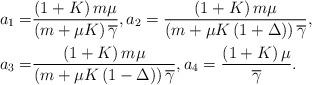
LaTeX: \begin{align*} a_1=&\frac{\left( 1+K \right)m\mu }{\left( m+\mu K \right)\overline{\gamma }}, a_2=\frac{\left( 1+K \right)m\mu }{\left( m+\mu K\left( 1+\Delta \right) \right)\overline{\gamma }}, \\ a_3=&\frac{\left( 1+K \right)m\mu }{\left( m+\mu K\left( 1-\Delta \right) \right)\overline{\gamma }}, a_4=\frac{\left( 1+K \right)\mu }{\overline{\gamma }}.\end{align*}